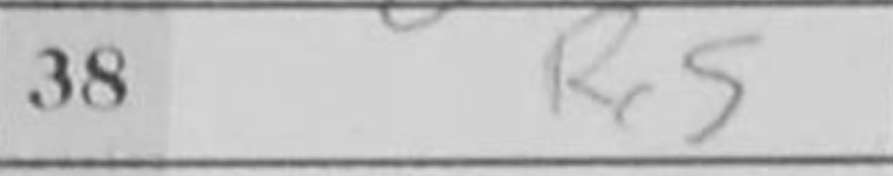
Transcription: Rc5